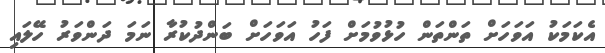
އެކަމަކު އަވަހަށް ތަންތަން ހުޅުވުމަށް ފަހު އަވަހަށް ބަންދުކުރާ ނަމަ ދަންވަރު ހޭލައި